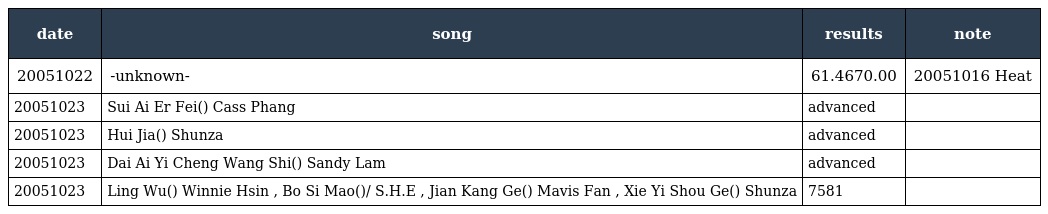
| date | song | results | note |
 | --- | --- | --- | --- |
 | 20051022 | -unknown- | 61.46／70.00 | 20051016 Heat |
 | 20051023 | Sui Ai Er Fei(隨愛而飛)／ Cass Phang | advanced |  |
 | 20051023 | Hui Jia(回家)／ Shunza | advanced |  |
 | 20051023 | Dai Ai Yi Cheng Wang Shi(當愛已成往事)／ Sandy Lam | advanced |  |
 | 20051023 | Ling Wu(領悟)／ Winnie Hsin , Bo Si Mao(波斯貓)/ S.H.E , Jian Kang Ge(健康歌)／ Mavis Fan , Xie Yi Shou Ge(寫一首歌)／ Shunza | 75／81 |  |